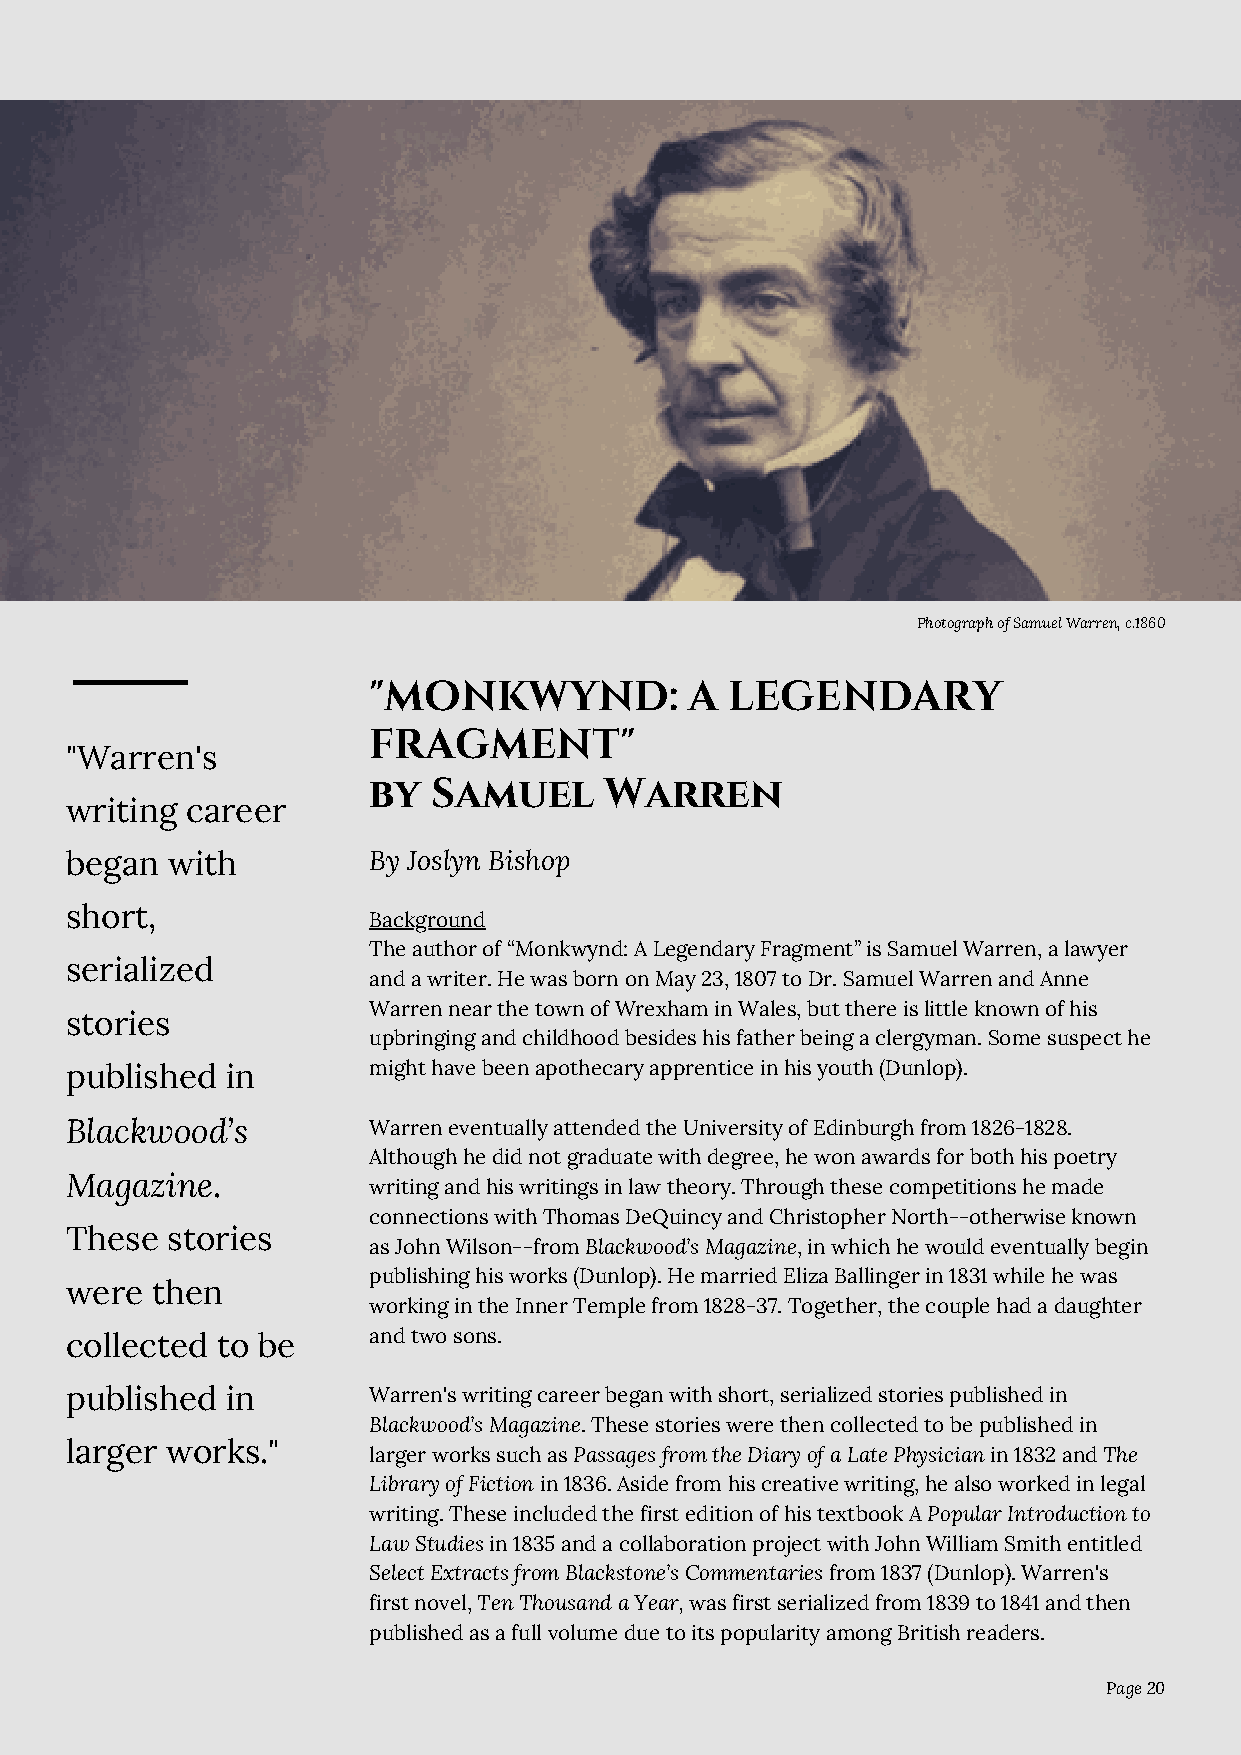
Photograph of Samuel Warren, c.1860
 "MONKWYND:            A LEGENDARY
 FRAGMENT"
 "Warren's
 by   Samuel     Warren
 writing career
 began  with         By Joslyn Bishop
 short,
 Background
 The author of “Monkwynd: A Legendary Fragment” is Samuel Warren, a lawyer
 serialized
 and a writer. He was born on May 23, 1807 to Dr. Samuel Warren and Anne
 Warren near the town of Wrexham in Wales, but there is little known of his
 stories
 upbringing and childhood besides his father being a clergyman. Some suspect he
 published  in       might have been apothecary apprentice in his youth (Dunlop).
 Blackwood’s         Warren eventually attended the University of Edinburgh from 1826-1828.
 Although he did not graduate with degree, he won awards for both his poetry
 Magazine.           writing and his writings in law theory. Through these competitions he made
 connections with Thomas DeQuincy and Christopher North--otherwise known
 These  stories
 as John Wilson--from Blackwood’s Magazine, in which he would eventually begin
 publishing his works (Dunlop). He married Eliza Ballinger in 1831 while he was
 were  then
 working in the Inner Temple from 1828-37. Together, the couple had a daughter
 collected to be     and two sons.
 published  in       Warren's writing career began with short, serialized stories published in
 Blackwood’s Magazine. These stories were then collected to be published in
 larger works."
 larger works such as Passages from the Diary of a Late Physician in 1832 and The
 Library of Fiction in 1836. Aside from his creative writing, he also worked in legal
 writing. These included the first edition of his textbook A Popular Introduction to
 Law Studies in 1835 and a collaboration project with John William Smith entitled
 Select Extracts from Blackstone’s Commentaries from 1837 (Dunlop). Warren's
 first novel, Ten Thousand a Year, was first serialized from 1839 to 1841 and then
 published as a full volume due to its popularity among British readers.
 Page 20